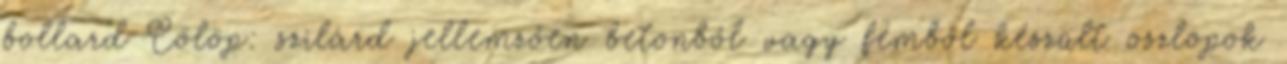
bollard Cölöp: szilárd jellemzően betonból vagy fémből készült oszlopok